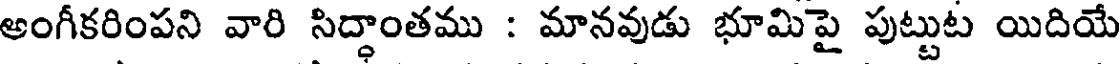
అంగీకరింపని వారి సిద్ధాంతము : మానవుడు భూమిపై పుట్టుట యిదియే